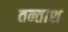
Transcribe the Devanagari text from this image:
तन्ताश